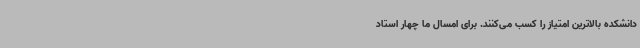
دانشکده بالاترین امتیاز را کسب می‌کنند. برای امسال ما چهار استاد